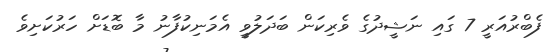
ފެބްރުއަރީ 7 ގައި ނަޝީދުގެ ވެރިކަން ބަދަލުވީ އެމަނިކުފާނު މާ ބޮޑަށް ހަރުކަށިވެ